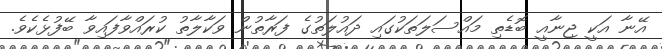
އޭނާ އަކީ ޖިނާއީ ބޮޑެތި މައްސަލަތަކުގައި ދައުލަތުގެ ފަރާތުން ވަކާލާތު ކުރައްވާފައިވާ ބޭފުޅެކެވެ.